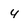
Character: 4